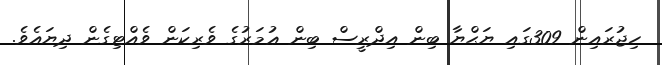
ހިޖުރައިން 309ގައި ޔަޙްޔާ ބިން އިދްރީސް ބިން ޢުމަރުގެ ވެރިކަން ވެއްޓިގެން ދިޔައެވެ.